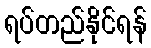
ရပ်တည်နိုင်ရန်